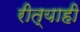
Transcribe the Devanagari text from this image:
रीत्याही